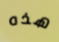
هذه